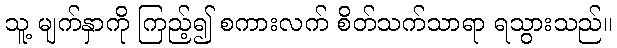
သူ့ မျက်နှာကို ကြည့်၍ စကားလက် စိတ်သက်သာရာ ရသွားသည်။